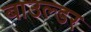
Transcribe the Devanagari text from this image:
बाउल्डर